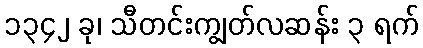
၁၃၄၂ ခု၊ သီတင်းကျွတ်လဆန်း ၃ ရက်